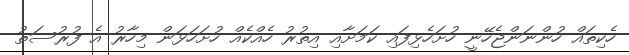
ހެކިތައް ހުންނަންޖެހޭނީ ހުށަހެޅިފައި ކަމަށާއި އިތުރު ހެއްކެއް ހުށަހަޅަން މިހާރު އެ ފުރުސަތު